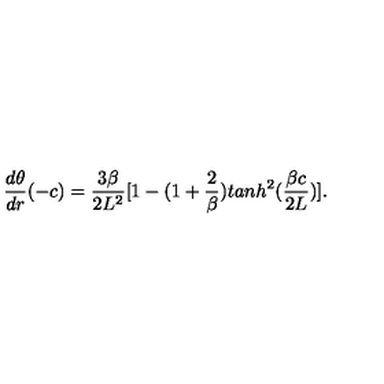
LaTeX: { \frac { d \theta } { d r } } ( - c ) = { \frac { 3 \beta } { 2 L ^ { 2 } } } [ 1 - ( 1 + { \frac { 2 } { \beta } } ) t a n h ^ { 2 } ( { \frac { \beta c } { 2 L } } ) ] .